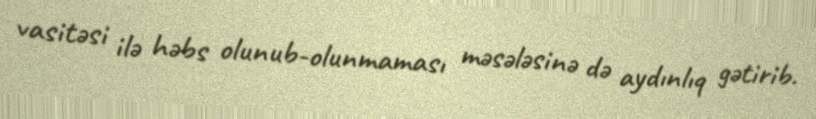
vasitəsi ilə həbs olunub-olunmaması məsələsinə də aydınlıq gətirib.